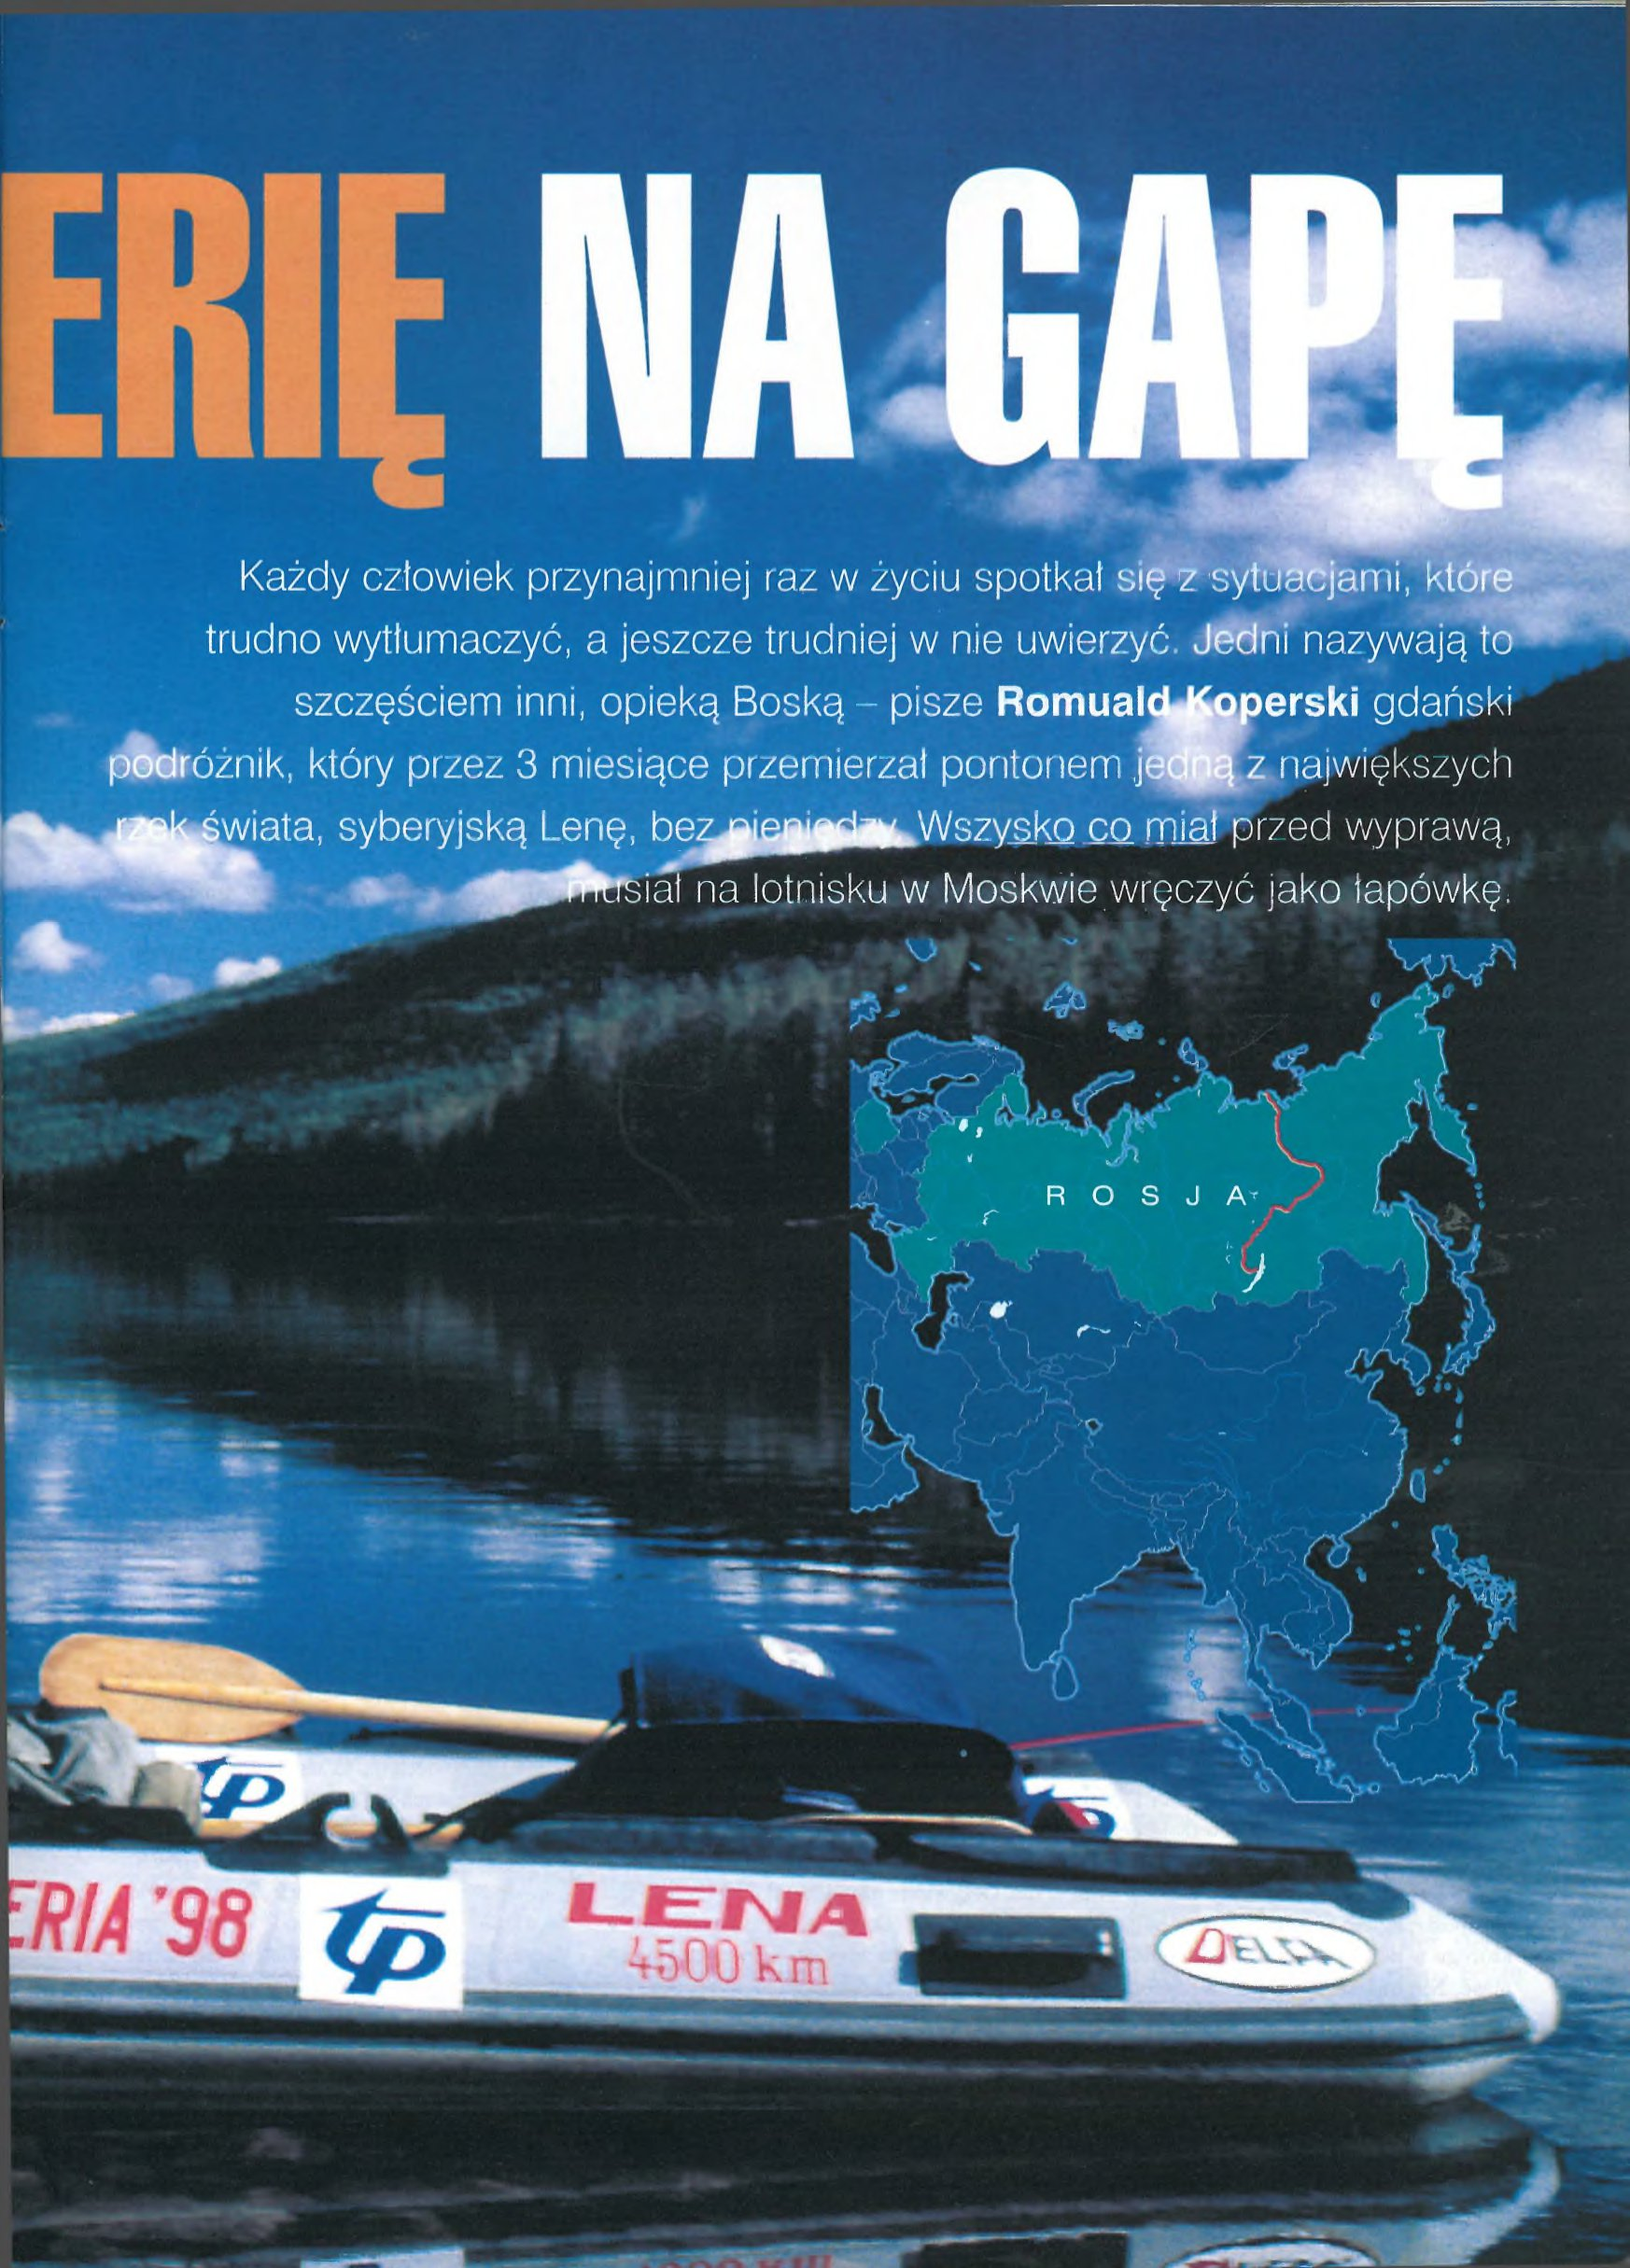
Language: pl